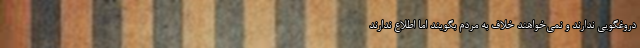
دروغگویی ندارند و نمی‌خواهند خلاف به مردم بگویند اما اطلاع ندارند